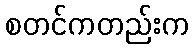
စတင်ကတည်းက